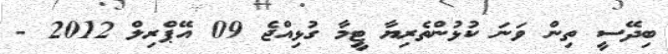
ބިދޭސީ ތިން ވަނަ ކުޅުންތެރިޔާ ޓީމާ ގުޅިއްޖެ 09 އޭޕްރިލް 2012 -